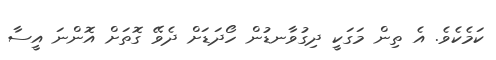
ކަމެކެވެ. އެ ތިން މަގަކީ ދިގުވާނޑުން ހޯދަޑަށް ދެވޭ ގޮތަށް އޮންނަ އީސާ